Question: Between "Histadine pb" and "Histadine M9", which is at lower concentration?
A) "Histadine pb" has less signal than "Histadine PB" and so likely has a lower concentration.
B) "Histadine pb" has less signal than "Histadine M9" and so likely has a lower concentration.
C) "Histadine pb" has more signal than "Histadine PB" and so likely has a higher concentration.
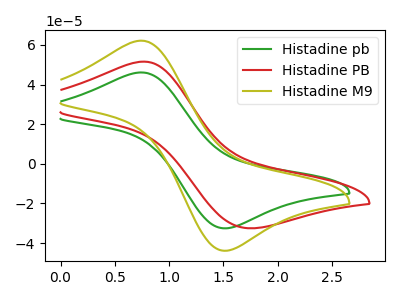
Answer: <think>The green curve "Histadine pb" has an anodic peak at (0.75V, 46.10uA) and a cathodic peak at (1.55V, -32.50uA). The red curve "Histadine PB" has an anodic peak at (0.75V, 51.55uA) and a cathodic peak at (1.70V, -32.50uA). The olive curve "Histadine M9" has an anodic peak at (0.75V, 62.10uA) and a cathodic peak at (1.55V, -43.85uA).
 All the peaks in "Histadine pb" have a peak in "Histadine M9" at the same potential. Every peak in "Histadine pb" is lower than every peak in "Histadine M9".</think>
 <answer>B) "Histadine pb" has less signal than "Histadine M9" and so likely has a lower concentration.</answer>
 <eval>B</eval>